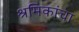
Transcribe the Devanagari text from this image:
श्रमिकांचा